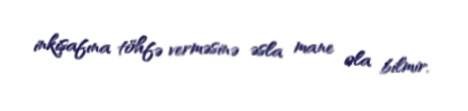
inkişafına töhfə verməsinə əsla mane ola bilmir.